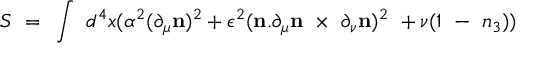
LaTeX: S ~ = ~ \int ~ d ^ { 4 } x ( { \alpha ^ { 2 } } ( \partial _ { \mu } { \bf n } ) ^ { 2 } + \epsilon ^ { 2 } ( { \bf n } . \partial _ { \mu } { \bf n } ~ \times ~ \partial _ { \nu } { \bf n } ) ^ { 2 } ~ + \nu ( 1 ~ - ~ n _ { 3 } ) )